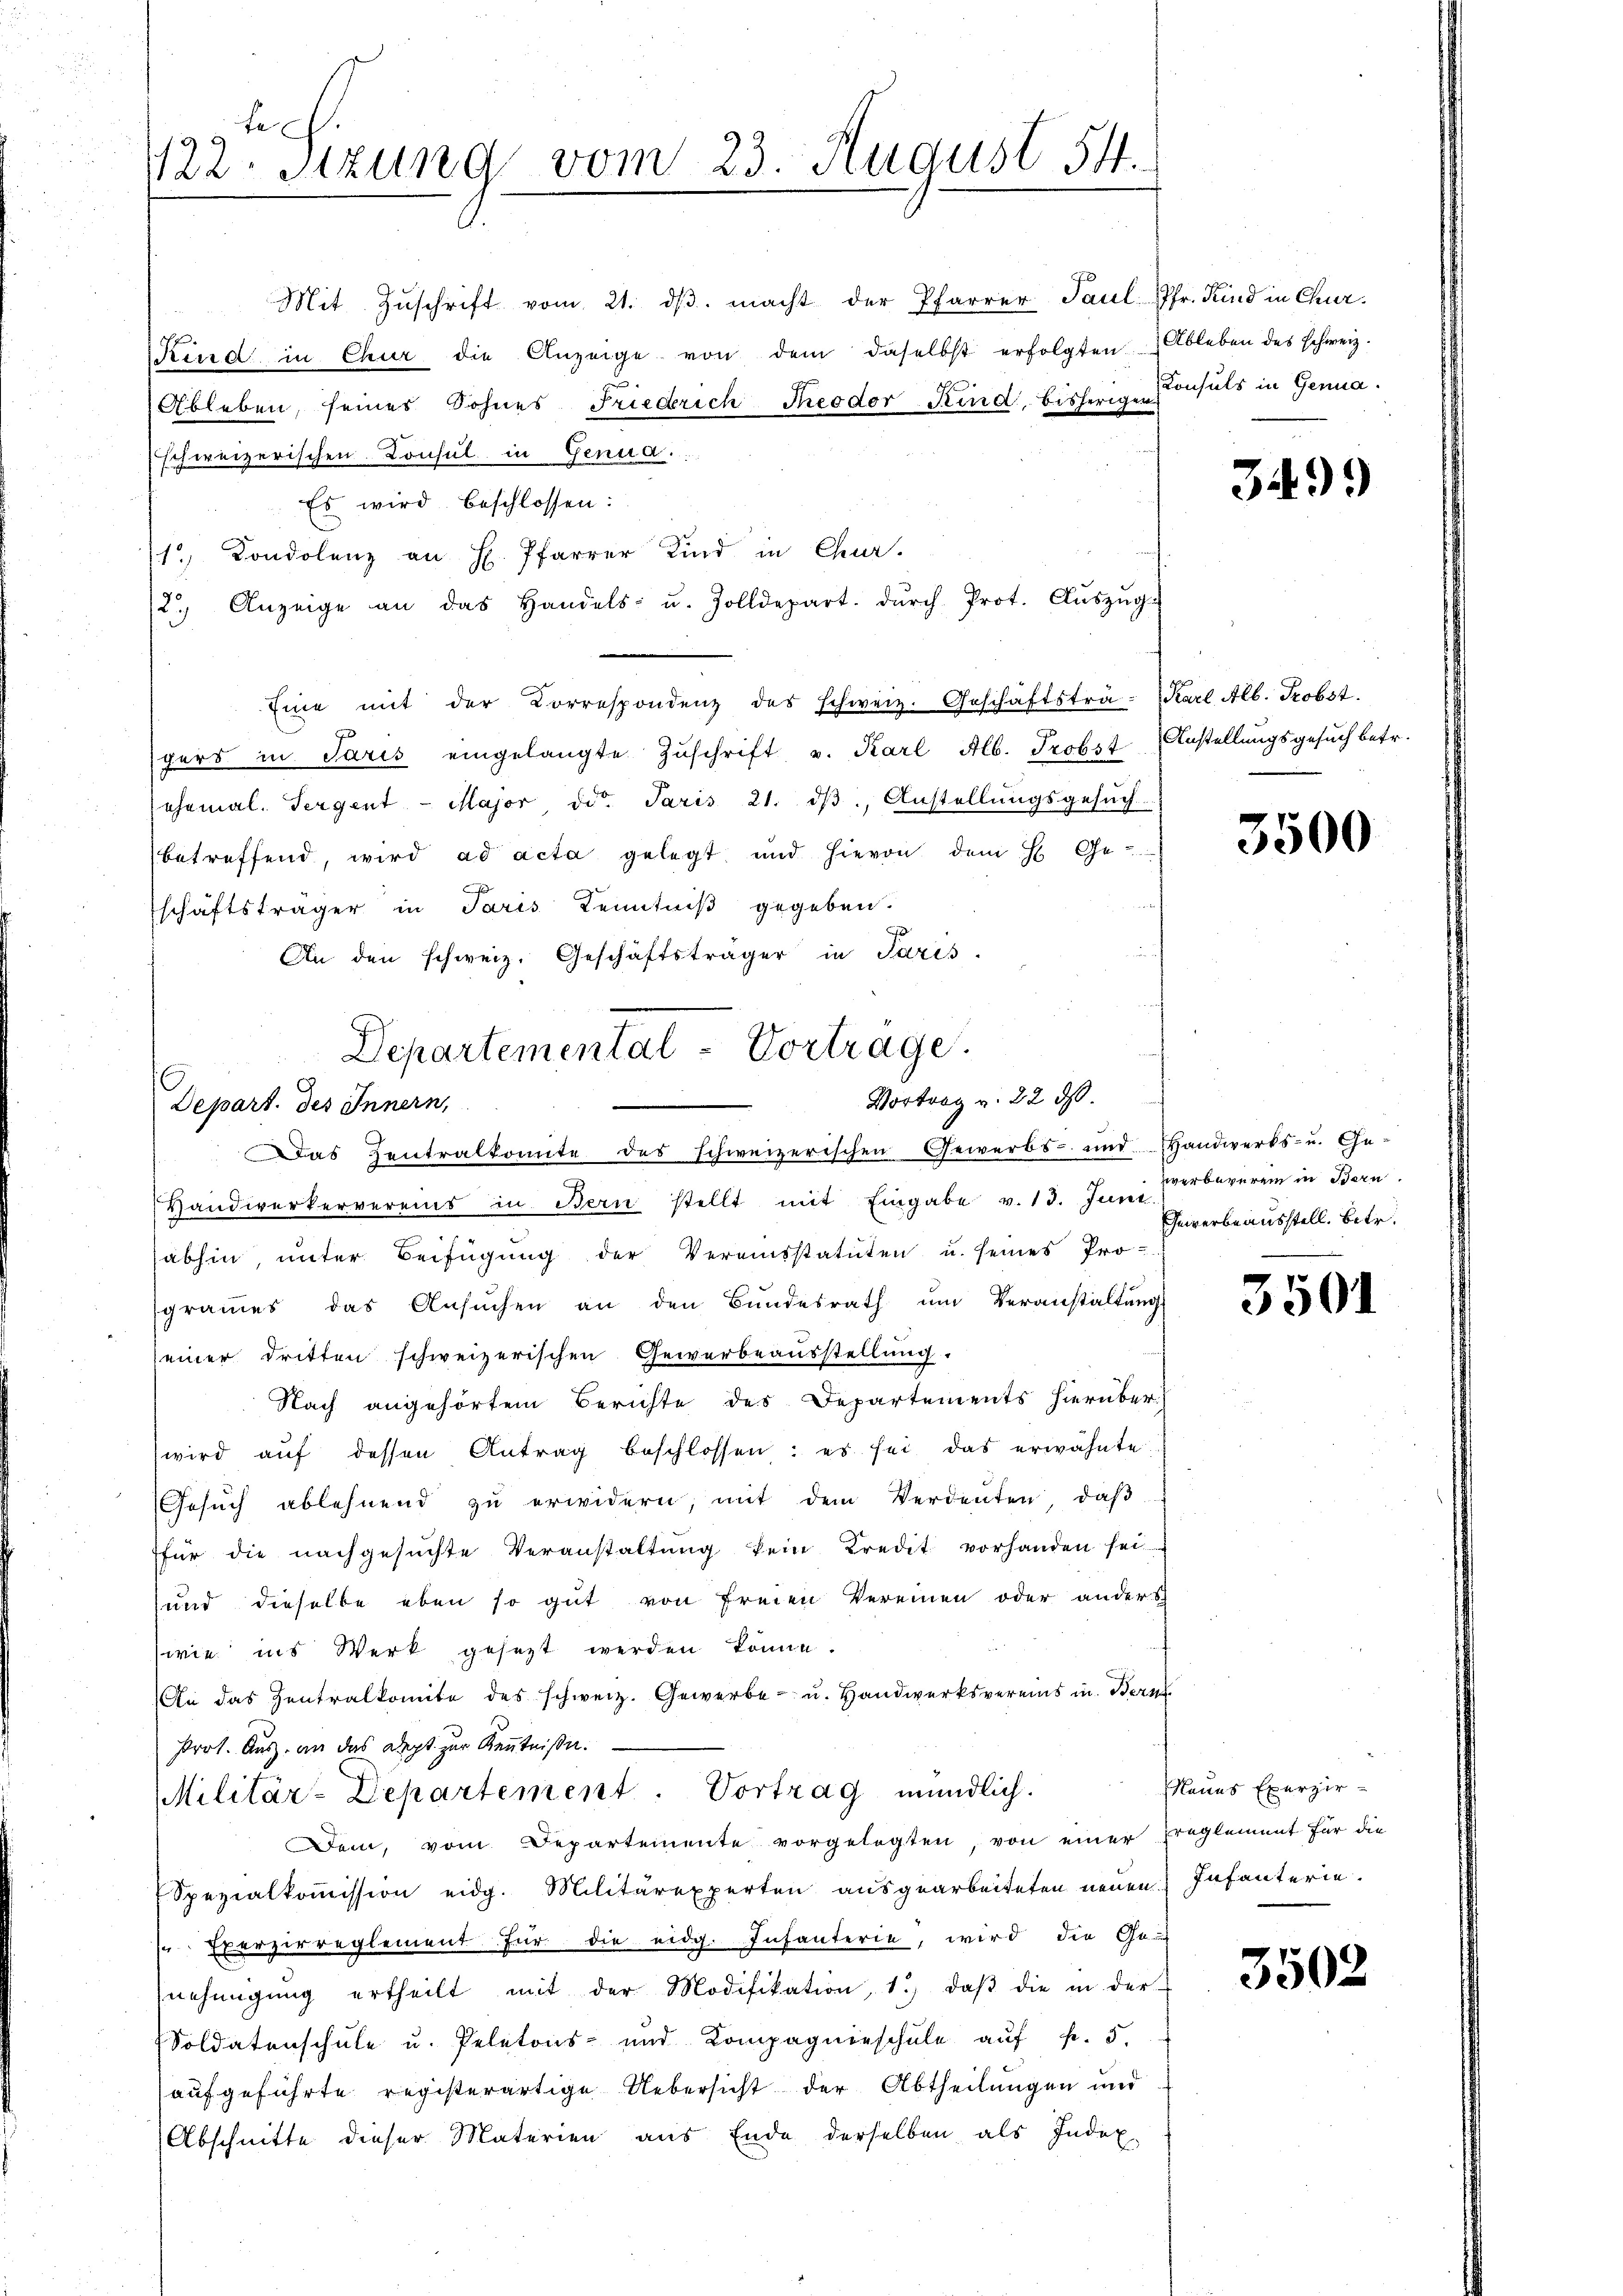
t
122. Stzung vom 23. August 54.

Departemental-Vortrage.
Vortrag v. 22 ds.
Depart. des Innern,

Das Zentralkonnte des schweizerischen Gewerbs- und Handwerks- u. Ge-
Handwerkervereins in Bern stellt mit Eingabe v. 13. Juni verbeverein in Bern
abhin unter Beifügung der Vereinsstatuten u. seines Pro-
grames das Ansŭchen an den Bŭndesrath ŭm Veranstaltung
seiner dritten schweizerischen Gewerbeausstellung.
Nach angehörtem Berichte des Departements hierüber
wird aŭf dessen Antrag beschlossen: es sei das erwähnte
Gesŭch ablehnend zu erwidern, mit dem Verdenten, daβ
für die nachgesŭchte Veranstaltung kein Kredit vorhanden sei-
und dieselbe eben so gut von freien Vereinen oder anders
wie ins Werk gesezt werden könne.
An das Zentralkomite des schweiz. Gewerbe- u. Handwerksvereins in Bern
Prot. Aus an das Dept zur Kenntniße.
Militär-Departement. Vortrag mündlich.
Dem, vom Departemente vorgelegten, von einer preglement für die
Spezialkoṁission eidg. Militärexperten ausgearbeiteten neuen Infanterie.
s Exerzirreglement für die eidg. Infanterie, wird die Ge-
nehmigŭng ertheilt mit der Modifikation, 1.) daβ die in der
Soldatenschule u. Peletons- und Kompagnieschule aŭf fr. 5.
aufgeführte registerartige Uebersicht der Abtheilungen und
Abschnitte dieser Materien aus Ende derselben als Index

Mit Zŭschrift vom 21. dβ. macht der Pfarrer Paul Pfr. Kind in Chur¬
Kird in Chur die Anzeige von dem daselbst erfolgten Ableben des schweiz.
Ableben, seines Sohnes Friedrich Theodor Kind, bisherigen Consuls in Genua
schweizerischen Konsul in Genua
Es wird beschlossen:
1, Condolenz an H. Pfarrer Kind in Chur-
2.) Anzeige an das Handels- u. Zolldepart. dŭrch Prot. Aŭszŭg.
Eine mit der Correspondenz des schweiz. Geschäftsträ-Karl Alb. Probst.
spers in Paris eingelangte Zŭschrift v. Karl Alb. Probst Anstellungsgesuch betr.
ehemal. Tergent-Major ddo. Paris 21. dβ, Anstellŭngsgesŭch.
betreffend, wird ad acta gelegt und hievon dem H. Ge-
schäftsträger in Paris Kenntniß gegeben.
An den schweiz. Geschäftsträger in Paris.

3499)

3500

Gewerbeausstell. Betr.

3501

Naues Exerzir-

3502